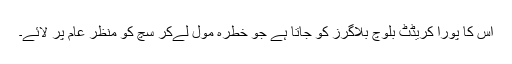
اس کا پورا کریڈٹ بلوچ بلاگرز کو جاتا ہے جو خطرہ مول لےکر سچ کو منظرِ عام پر لائے۔